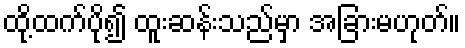
ထို့ထက်ပို၍ ထူးဆန်းသည်မှာ အခြားမဟုတ်။